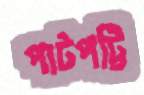
পাটপট্টি